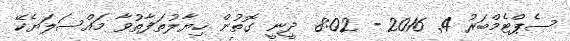
ސެޕްޓެމްބަރު 4